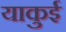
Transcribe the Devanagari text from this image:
याकुई